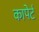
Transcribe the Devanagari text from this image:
कापेर्ट